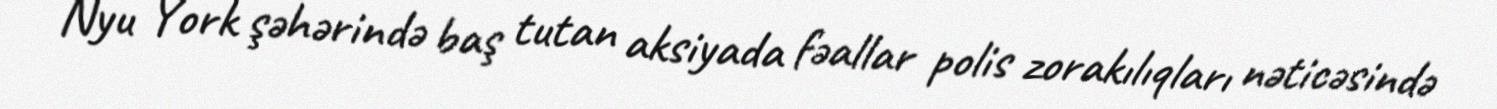
Nyu York şəhərində baş tutan aksiyada fəallar polis zorakılıqları nəticəsində